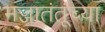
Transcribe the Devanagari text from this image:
मज्जातंतूंच्या